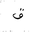
Letter: _qaf